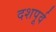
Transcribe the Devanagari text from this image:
दशपूर्व